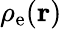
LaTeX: \rho_{\mathrm{e}}({\mathbf r})